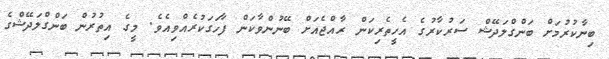
ބިނާކުރުމަށް ބަންގްލަދޭޝް ސަރުކާރުގެ އެހީތެރިކަން ރާއްޖެއަށް ބޭނުންވާކަން ފާހަގަކުރެއްވިއެވެ. މީގެ އިތުރުން ބަންގްލަދޭޝްގެ